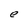
Character: e